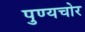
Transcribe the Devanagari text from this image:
पुण्यचोर